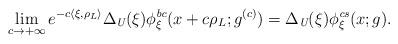
LaTeX: \begin{align*}\lim_{c\to +\infty} e^{-c\langle \xi ,\rho_L\rangle} \Delta_\emph{U}(\xi) \phi_\xi^{\emph{bc}}(x+c\rho_L; g^{(c)})= \Delta_\emph{U}(\xi) \phi^{\emph{cs}}_\xi (x;g) .\end{align*}